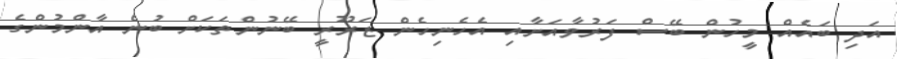
އަދި ބައެއް މީހުން ބޭސް ފަރުވާއަށާއި އެހެނިހެން ޒަރޫރީ ބޭނުންތަކަށް ބުނެ އާންމުންގެ